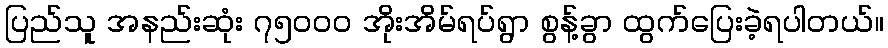
ပြည်သူ အနည်းဆုံး ၇၅၀၀၀ အိုးအိမ်ရပ်ရွာ စွန့်ခွာ ထွက်ပြေးခဲ့ရပါတယ်။